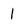
Character: 1